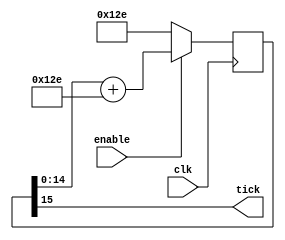
module BaudTickGen_5(
	input clk, enable,
	output tick  
);
parameter ClkFrequency = 12500000;
parameter Baud = 115200;
parameter Oversampling = 1;
function integer log2(input integer v); begin log2=0; while(v>>log2) log2=log2+1; end endfunction
localparam AccWidth = log2(ClkFrequency/Baud)+8;  
reg [AccWidth:0] Acc = 0;
localparam ShiftLimiter = log2(Baud*Oversampling >> (31-AccWidth));  
localparam Inc = ((Baud*Oversampling << (AccWidth-ShiftLimiter))+(ClkFrequency>>(ShiftLimiter+1)))/(ClkFrequency>>ShiftLimiter);
always @(posedge clk) if(enable) Acc <= Acc[AccWidth-1:0] + Inc[AccWidth:0]; else Acc <= Inc[AccWidth:0];
assign tick = Acc[AccWidth];
endmodule